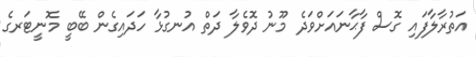
އަތުރާލާފައި ގޮސް ފާޙާނައަށްވަދެ މޫނު ދޮވެލާ ދަތް އުނގުޅާ ހަދައިގެން ބޭބީ މޮނީޓަރގެ